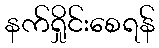
နက်ရှိုင်းစေရန်